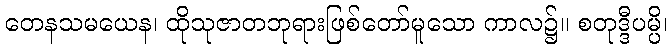
တေနသမယေန၊ ထိုသုဇာတဘုရားဖြစ်တော်မူသော ကာလ၌။ စတုဒ္ဒီပမ္ပိ၊